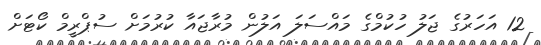
12 އަހަރުގެ ޖަލު ހުކުމްގެ މައްސަލަ އަލުން މުރާޖައާ ކުރުމަށް ސުޕްރީމް ކޯޓަށް